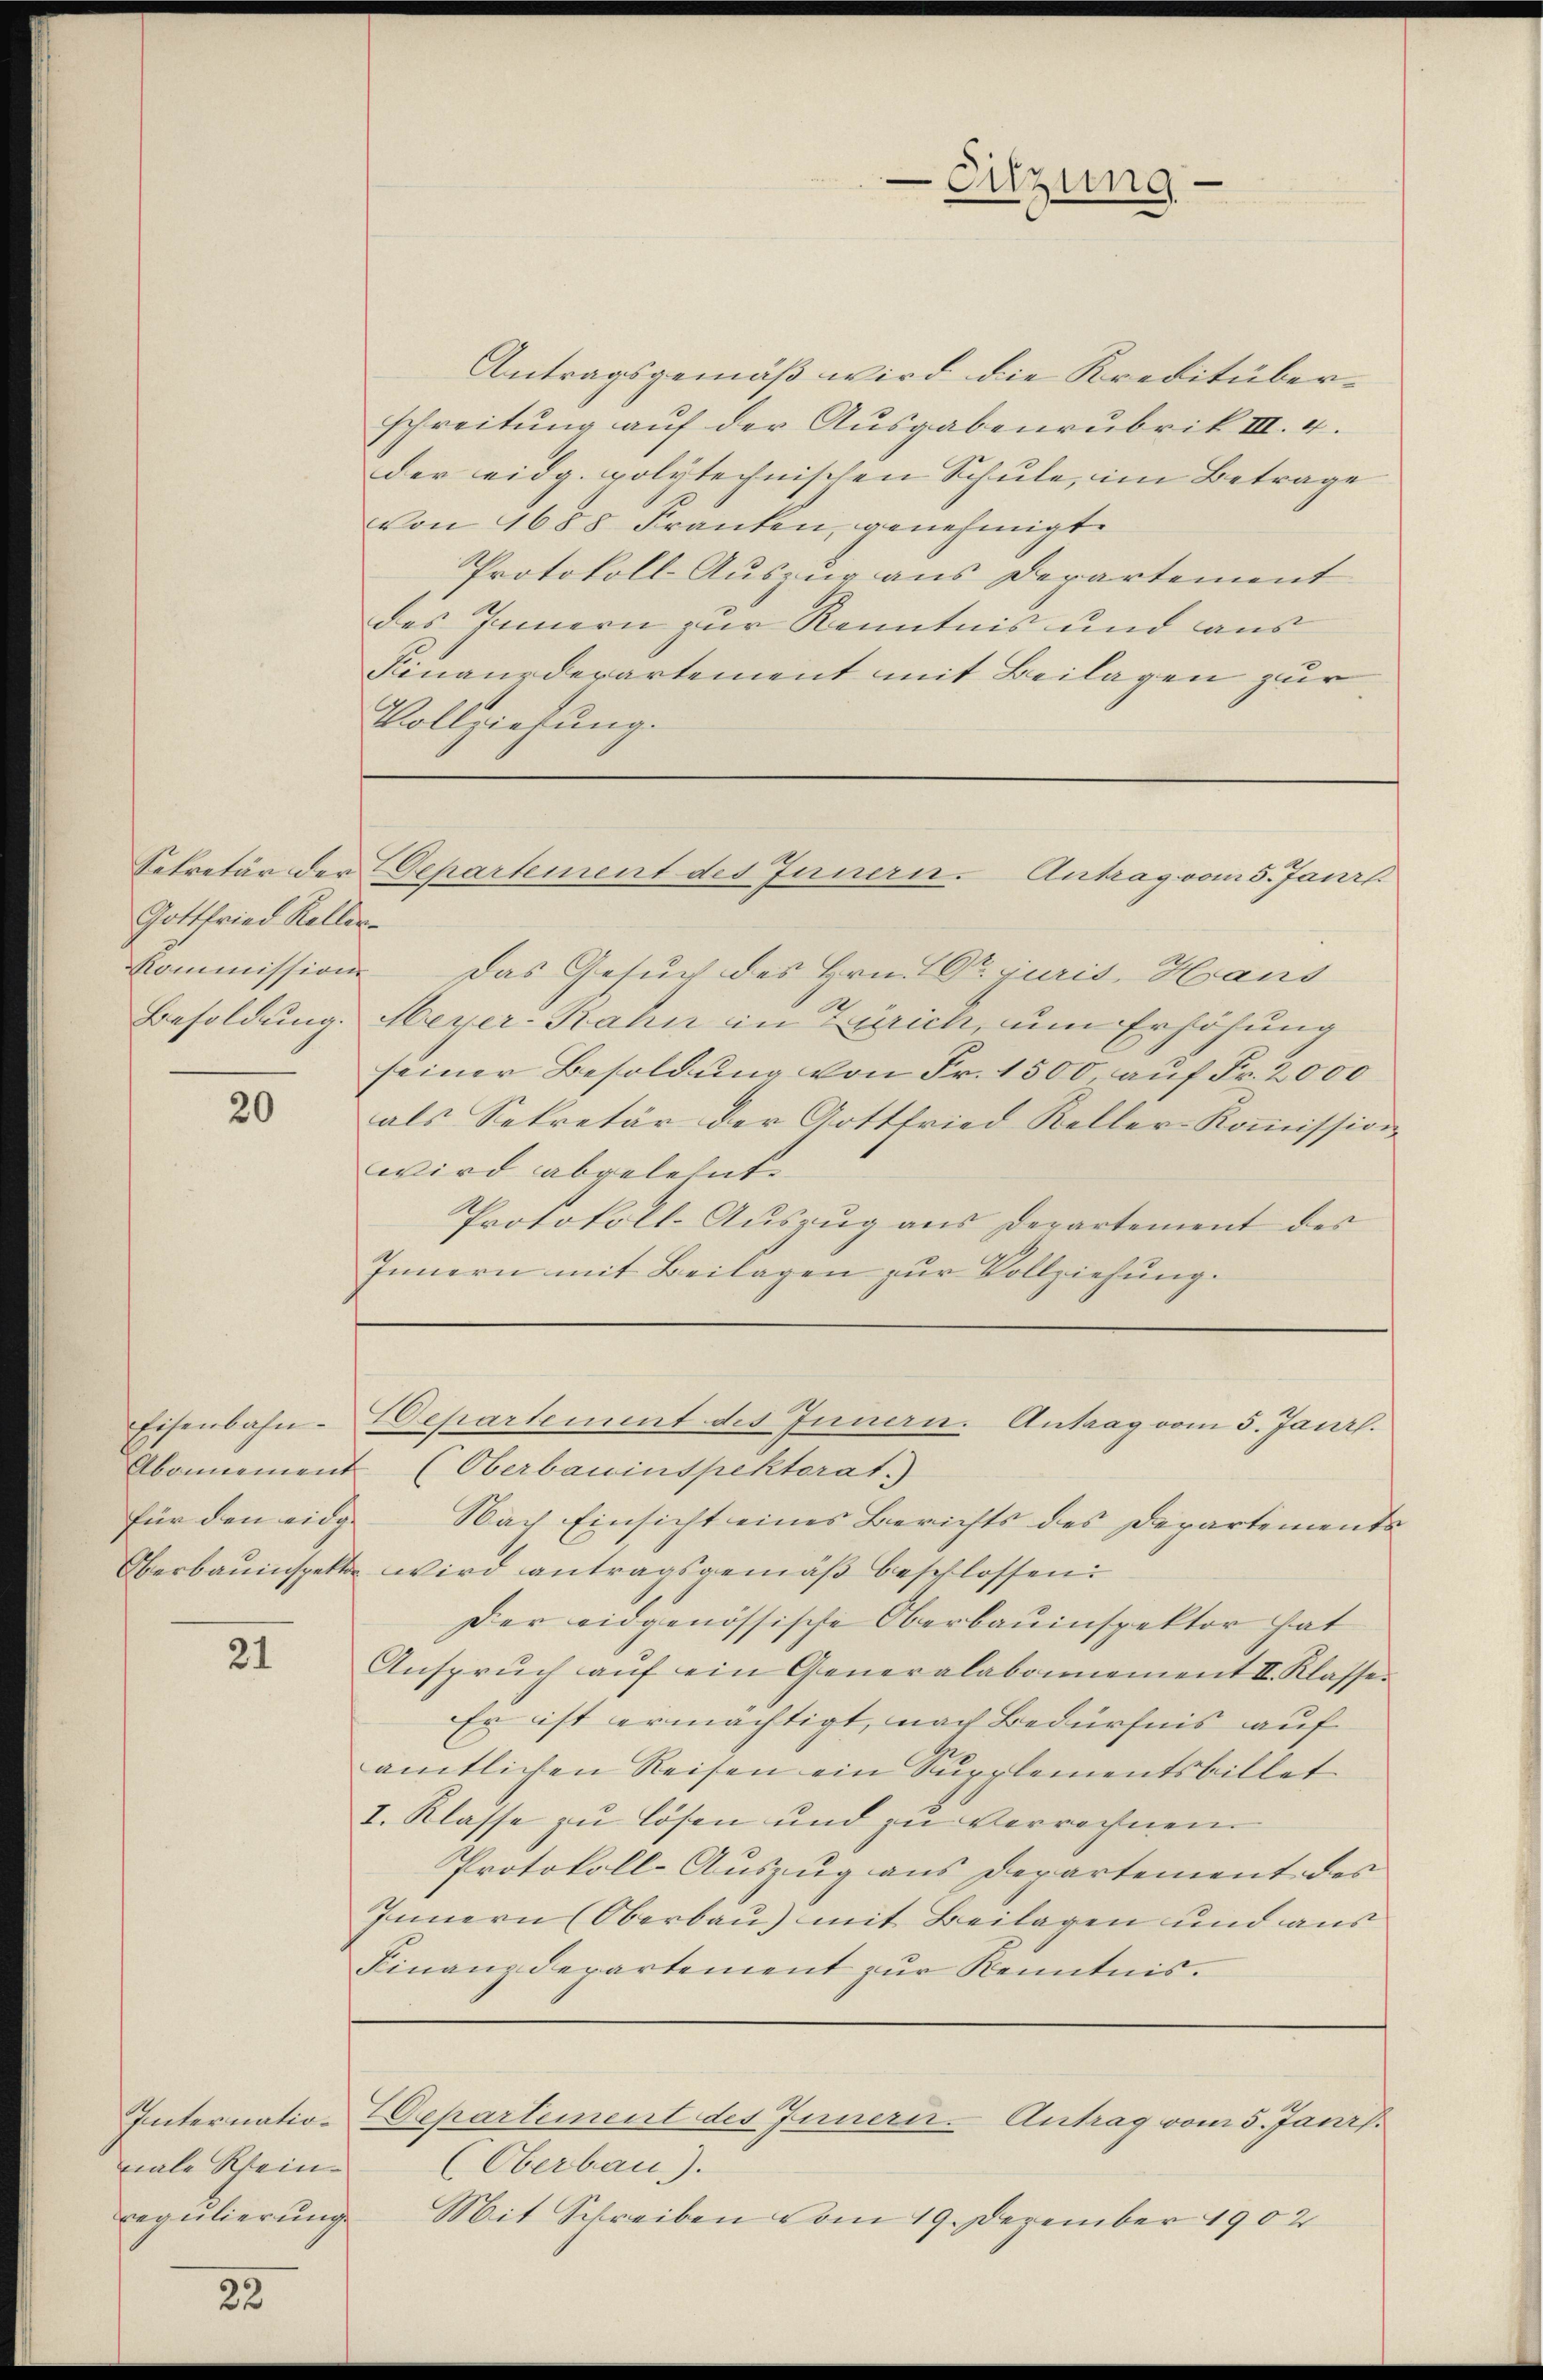
Gottfried Keller-
Besoldung.

20

für den eidge

21

nale Rhein
Regulierung

22

Antragsgemäß wird die Kreditüberschreitŭng aŭf der Aŭsgabenrubrik III. 4.
der eidg. polytechnischen Schule, im Betrage
von 1688 Franken, genehmigte
Protokoll-Auszug aus Departement
des Innern zur Kenntnis und aus
Finanderartement mit Beilagen zur
Vollziehung.

Sitzung

Kommission das Gesuch des Hrn. Dr. juris, Haus
Meyer-Rahn in Zürich, um Erhöhung
seiner Besoldung von Fr. 1500, auf Fr. 2000
als Sekretär der Gottfried Keller-Kommission
wird abgelehnt.
Protokoll-Aŭszŭg aŭs derartement des
Innern mit Beilagen zur Vollziehung.

Sekretär der Departement des Innern. Antrag vom 5. Janr

Nach Einsicht eines Berichts des Departements
Oberbauinspektor wird antragsgemäß beschlossen:
Der eidgenössische Oberbauinspektor hat
Ansprŭch aŭf ein Generalabonnement II. Klasser
Er ist ermächtigt, nach Bedürfnis auf
s
amtlichen Reisen ein Supplementsbillet
I. Klasse zu lösen und zu verrechnen
Protokoll-Auszug aus Departement des
Innern (Oberbau) mit Beilagen und aus
Finanzdepartement zur Kenntnis.

Eisenbahn-Departement des Innern. Antrag vom 5. Janr.
Abonnement (Oberbauinspektorat.)

Internation Departement des Innern Antrag vom 5. Janr.
(Oberbau).
Mit Schreiben vom 19. Dezember 1902